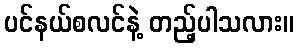
ပင်နယ်စလင်နဲ့ တည့်ပါသလား။